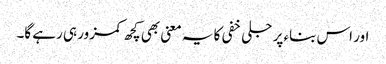
اور اس بناء پر جلی خفی کا یہ معنی بھی کچھ کمزور ہی رہے گا۔